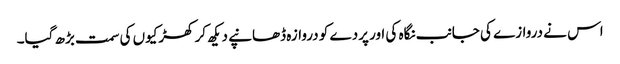
اس نے دروازے کی جانب نگاہ کی اور پردے کو دروازہ ڈھانپے دیکھ کر کھڑکیوں کی سمت بڑھ گیا۔